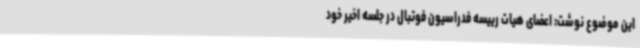
این موضوع نوشت: اعضای هیات رییسه فدراسیون فوتبال در جلسه اخیر خود